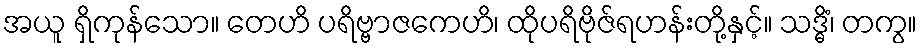
အယူ ရှိကုန်သော။ တေဟိ ပရိဗ္ဗာဇကေဟိ၊ ထိုပရိဗိုဇ်ရဟန်းတို့နှင့်။ သဒ္ဓိံ၊ တကွ။